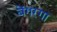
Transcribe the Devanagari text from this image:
बेंगरगा